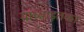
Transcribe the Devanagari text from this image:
यांच्याइतका